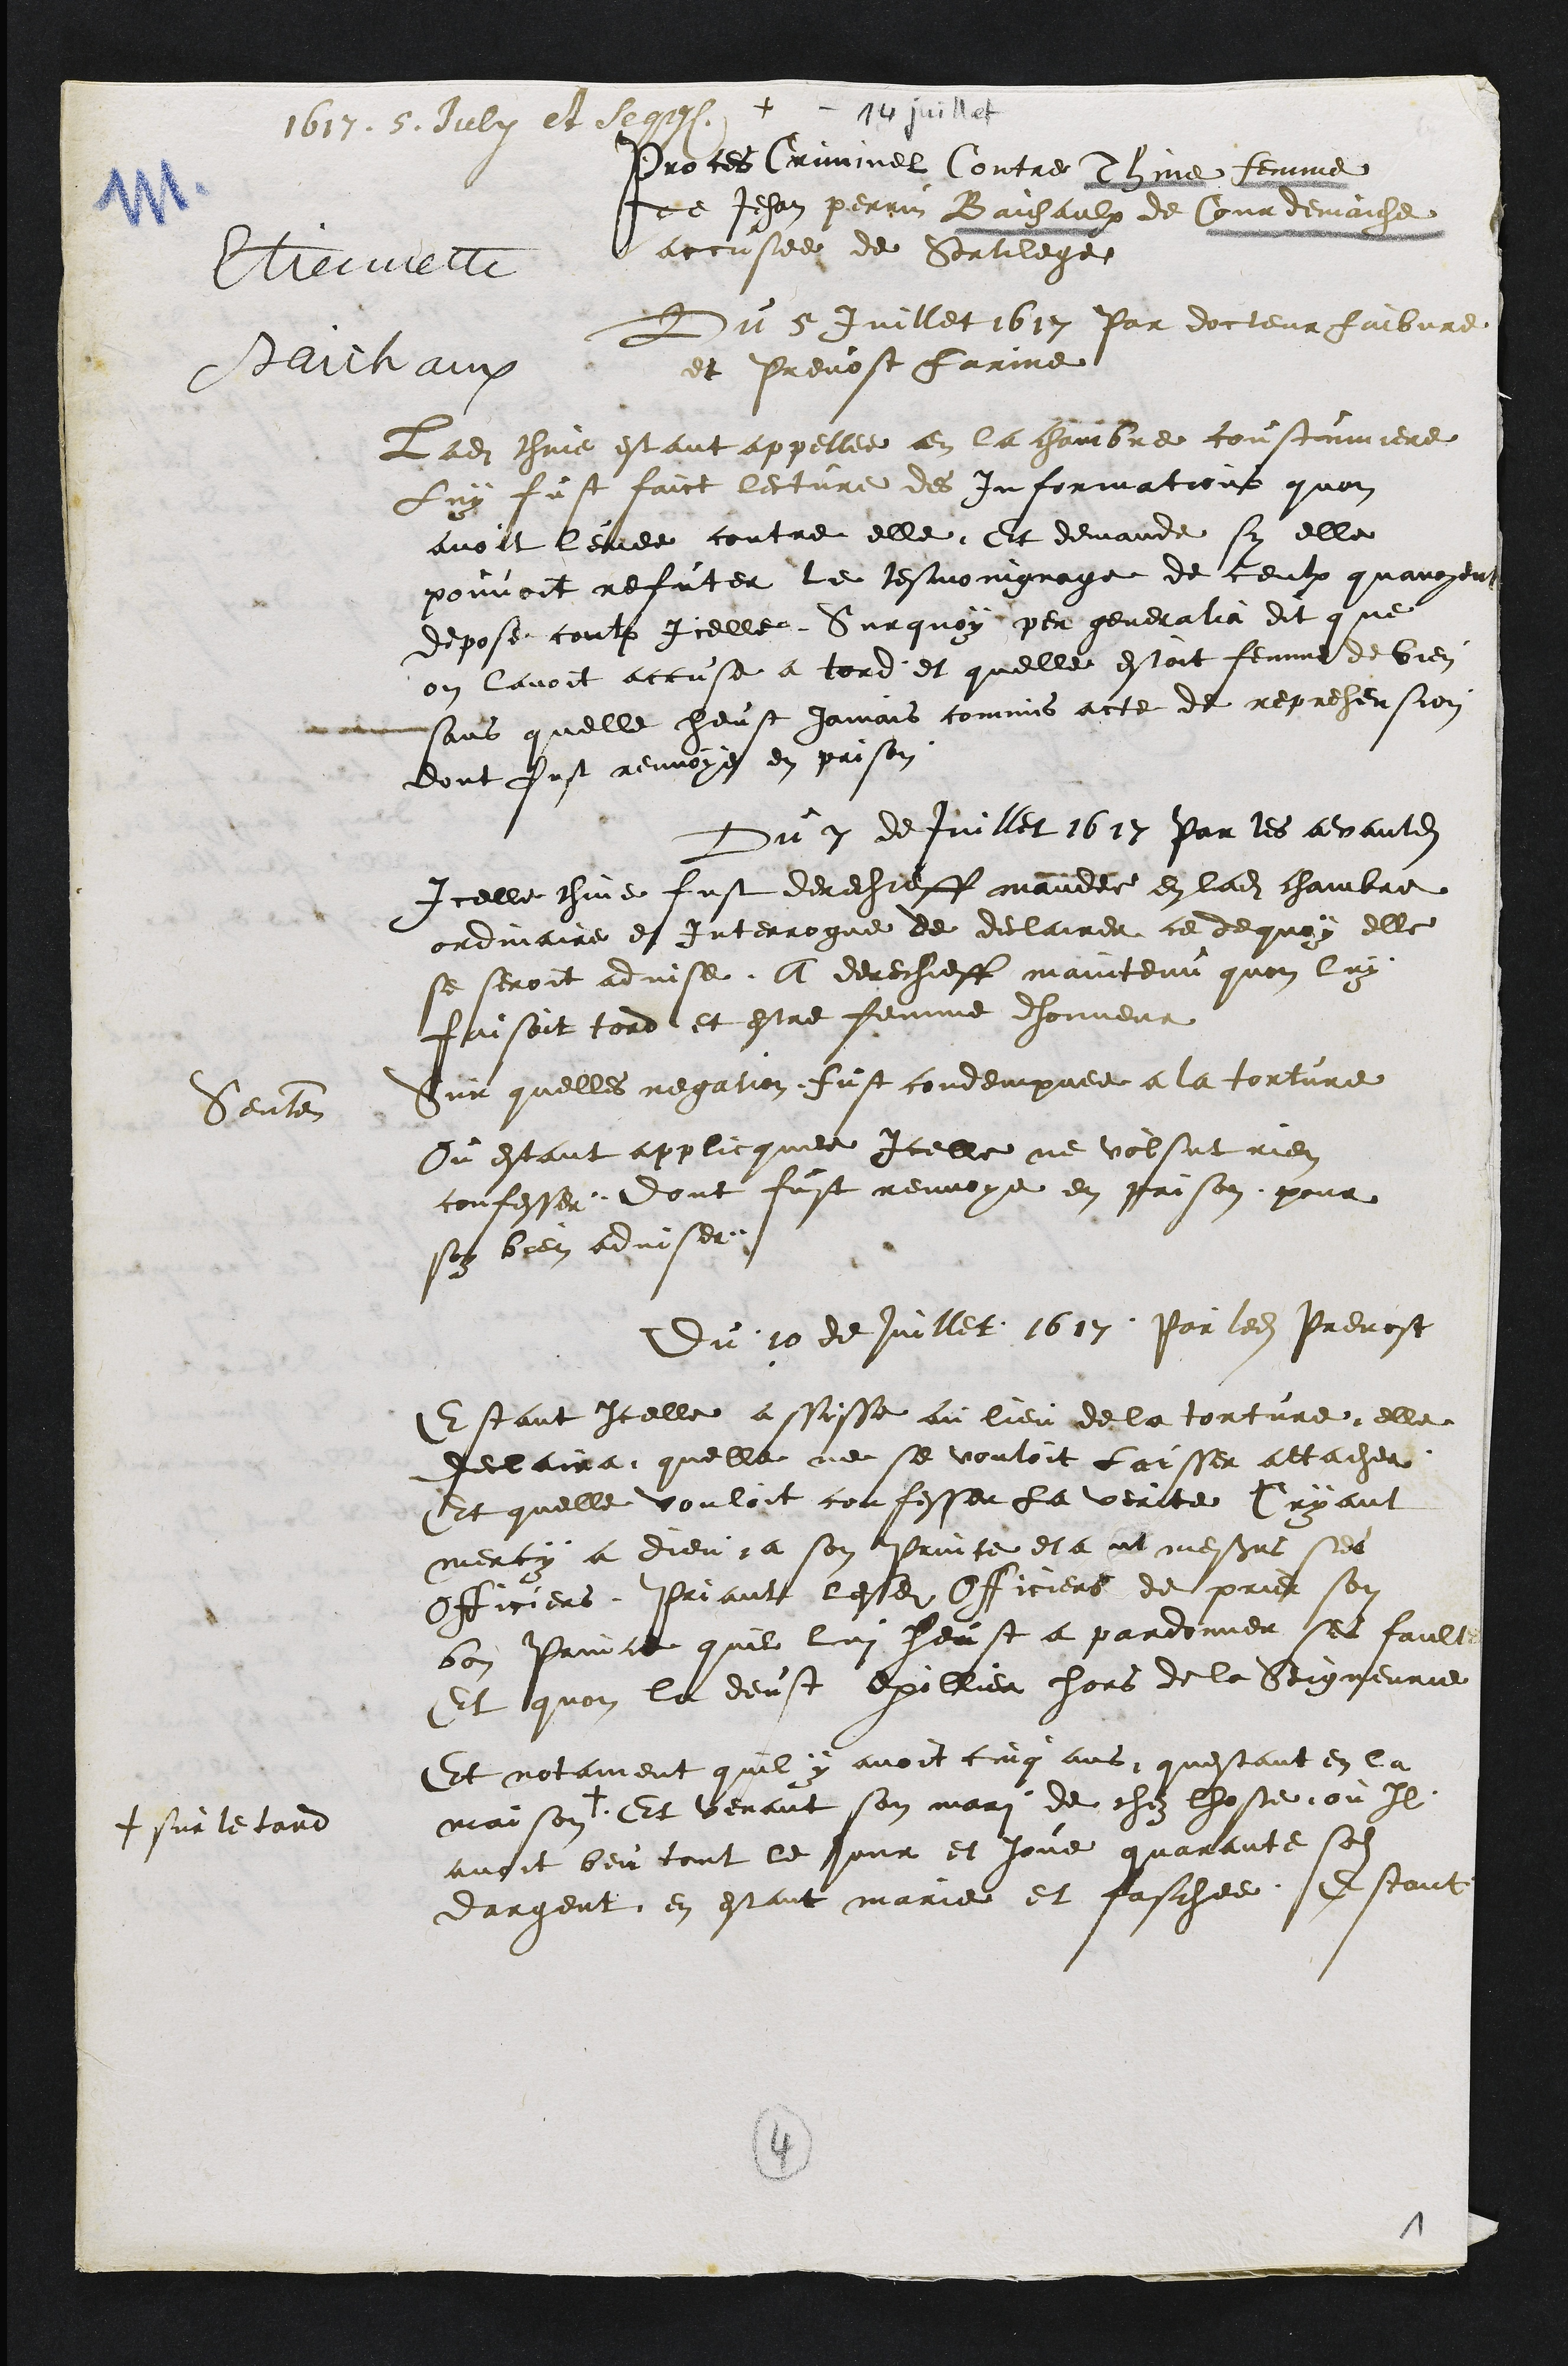
+
1617. 5. July et seq.
Etiennette
Baichaux
Proces Criminel Contre Thine femme
de Jehan perrin Baichaulx de Courdemaiche
accusee de Sortilege
Du 5 Juillet 1617 Par docteur faibvre
et Prevost farine
Ladite Thine estant appellee en la chambre coustumiere
Luy fust faict lecture des informations quon
avoit levee contre elle Et demande sy elle
pouvoit refuter le tesmoingnage de ceulx quavoyent
depose contre Icelle Surquoy per generalia dit que
on lavoit accuse a tord et quelle estoit femme de bien
sans quelle heust jamais commis acte de reprehension
dont fust renvoye en prison
Du 7 de Juillet 1617 Par les avantdits
Icelle Thine fust derechieff mandee en ladite chambre
ordinaire et Interrogue de declairer ce dequoy elle
se seroit advise, A derechieff maintenu quon luy
faisoit tord et estre femme dhonneur
Sentence
Sur quelles negation fust condempnee a la torture
Ou estant applicquee Icelle ne volsut rien
confesser. Dont fust renvoye en prison pour
soy bien adviser.
Du 10 de Juillet 1617 Par ledit Prevost
Estant Icelle assisse au lieu de la torture elle
declaira quelle ne se vouloit laisser attacher
Et quelle vouloit confesser la verite Cryant
mercy a dieu, a son Prince et a ut messieurs ses
Officiers Priant lesdits Officiers de prier son
bon Prince quil lui heust a pardonner ses faulte
Et quon la deust exillier hors de la Seigneurie
Et notament quil y avoit cinq ans questant en la
maison +
+ sur le tard
Et venant son mari de chez lhoste ou Il
avoit beu tout le jour et joue quarante sols
dargent en estant marie et faschee. Estant